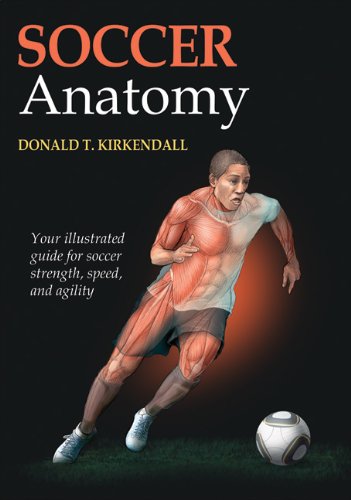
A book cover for Soccer Anatomy; Donald T. Kirkendall; Sports & Outdoors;